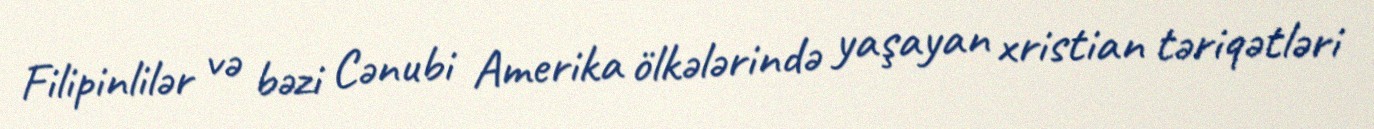
Filipinlilər və bəzi Cənubi Amerika ölkələrində yaşayan xristian təriqətləri